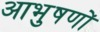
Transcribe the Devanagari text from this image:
आभुषणों